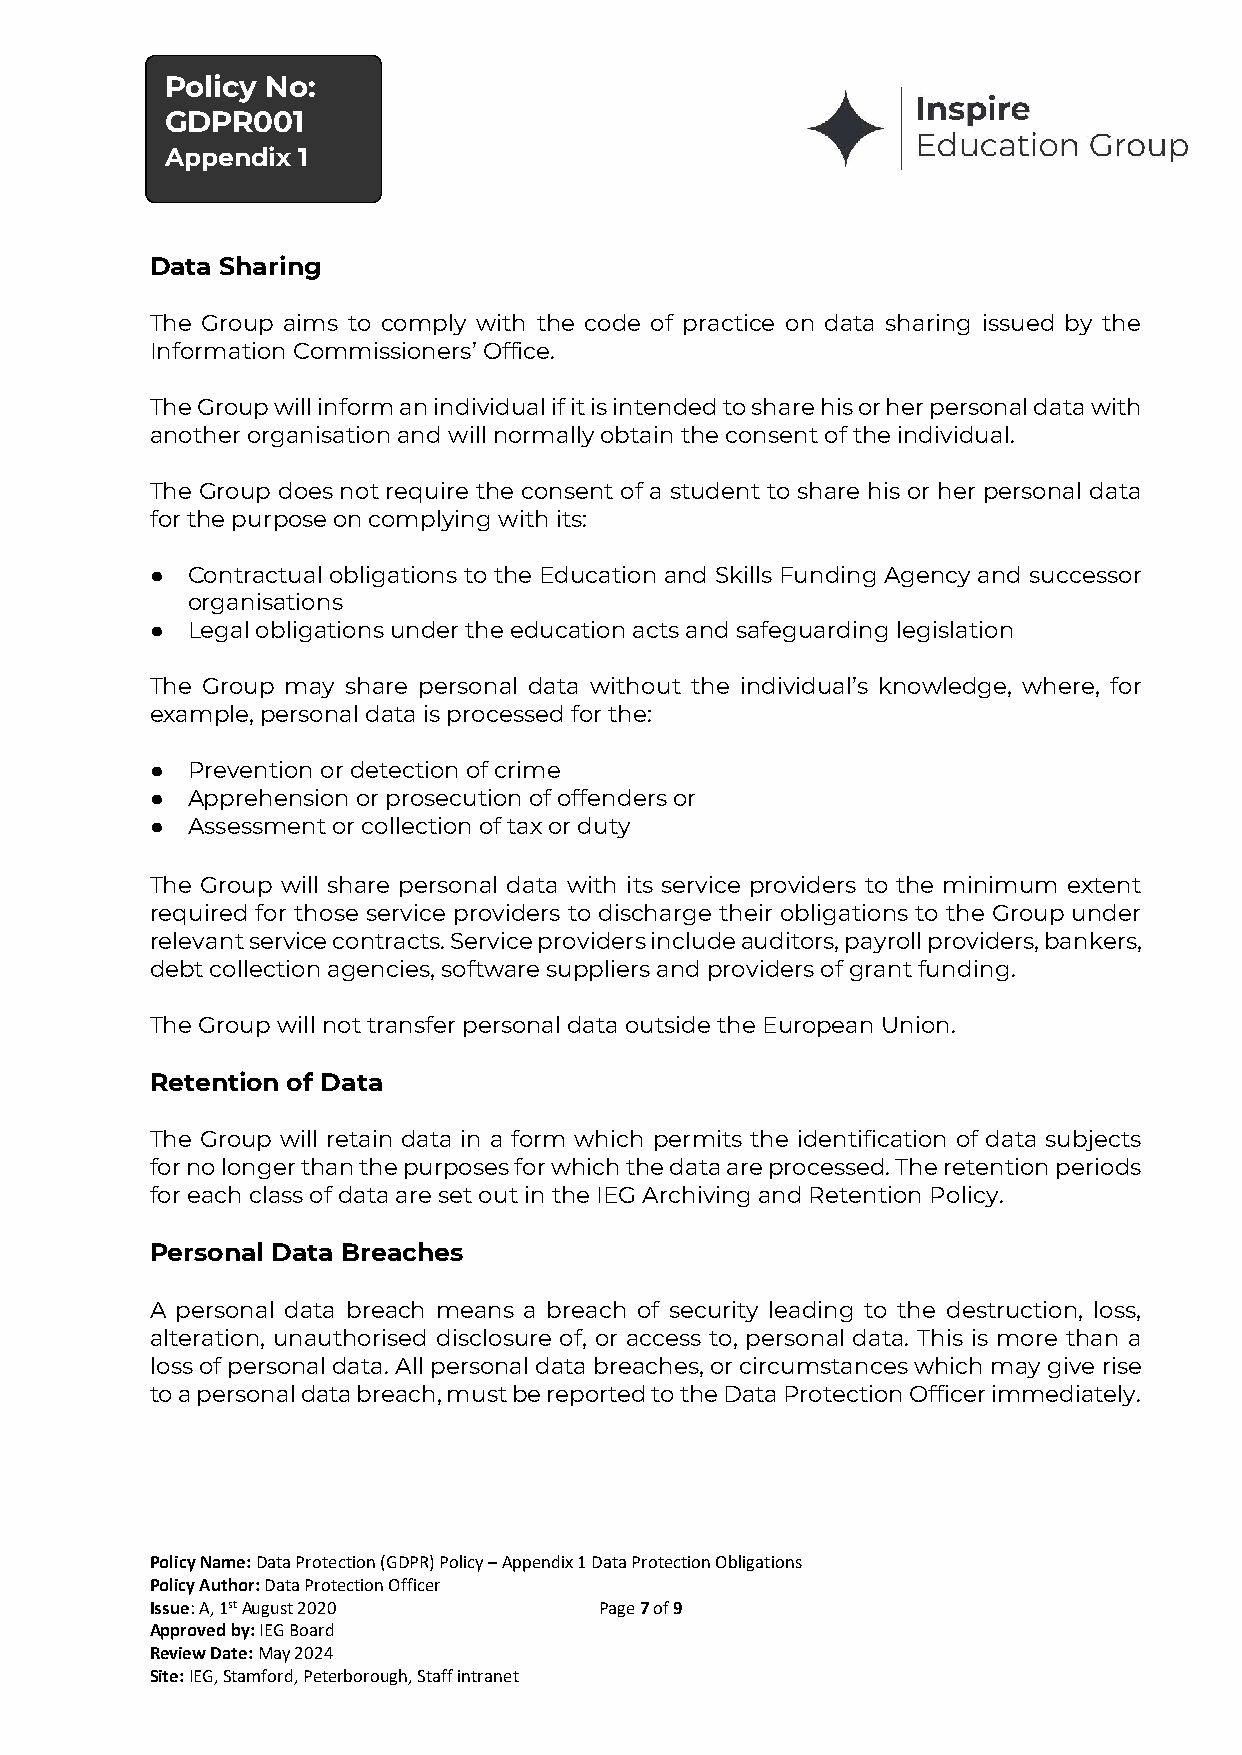
Policy No:
 Appendix
 GDPR001
 Appendix 1
 Data Sharing
 The Group aims to comply with the code of practice on data sharing issued by the
 Information Commissioners’ Office.
 The Group will inform an individual if it is intended to share his or her personal data with
 another organisation and will normally obtain the consent of the individual.
 The Group does not require the consent of a student to share his or her personal data
 for the purpose on complying with its:
 ● Contractual obligations to the Education and Skills Funding Agency and successor
 organisations
 ● Legal obligations under the education acts and safeguarding legislation
 The Group may share personal data without the individual’s knowledge, where, for
 example, personal data is processed for the:
 ● Prevention or detection of crime
 ● Apprehension or prosecution of offenders or
 ● Assessment or collection of tax or duty
 The Group will share personal data with its service providers to the minimum extent
 required for those service providers to discharge their obligations to the Group under
 relevant service contracts. Service providers include auditors, payroll providers, bankers,
 debt collection agencies, software suppliers and providers of grant funding.
 The Group will not transfer personal data outside the European Union.
 Retention of Data
 The Group will retain data in a form which permits the identification of data subjects
 for no longer than the purposes for which the data are processed. The retention periods
 for each class of data are set out in the IEG Archiving and Retention Policy.
 Personal Data Breaches
 A personal data breach means a breach of security leading to the destruction, loss,
 alteration, unauthorised disclosure of, or access to, personal data. This is more than a
 loss of personal data. All personal data breaches, or circumstances which may give rise
 to a personal data breach, must be reported to the Data Protection Officer immediately.
 Policy Name: Data Protection (GDPR) Policy – Appendix 1 Data Protection Obligations
 Policy Author: Data Protection Officer
 Issue: A, 1st August 2020     Page 7 of 9
 Approved by: IEG Board
 Review Date: May 2024
 Site: IEG, Stamford, Peterborough, Staff intranet